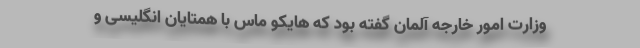
وزارت امور خارجه آلمان گفته بود که هایکو ماس با همتایان انگلیسی و